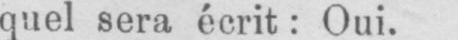
quel sera écrit: Oui.